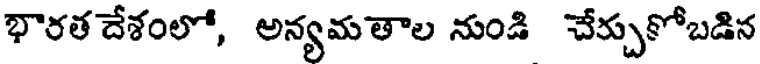
భారత దేశంలో, అన్యమతాల నుండి చేర్చుకోబడిన